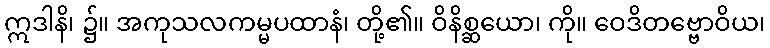
ဣဒါနိ၊ ၌။ အကုသလကမ္မပထာနံ၊ တို့၏။ ဝိနိစ္ဆယော၊ ကို။ ဝေဒိတဗ္ဗောဝိယ၊